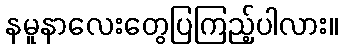
နမူနာလေးတွေပြကြည့်ပါလား။